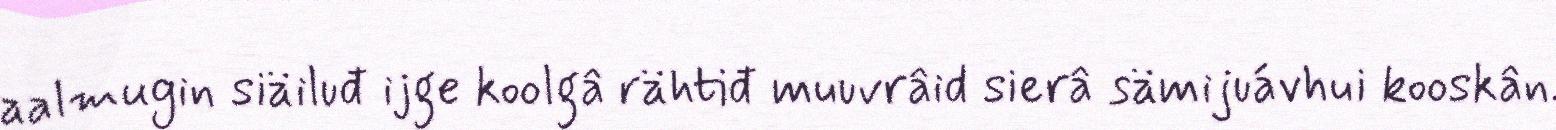
aalmugin siäiluđ ijge koolgâ rähtiđ muuvrâid sierâ sämijuávhui kooskân.